Newspaper: The daily Cairo bulletin.
Place of publication: Cairo, Ill.
Publisher: Thos. Nally
Date: 1880-01-14 00:00:00
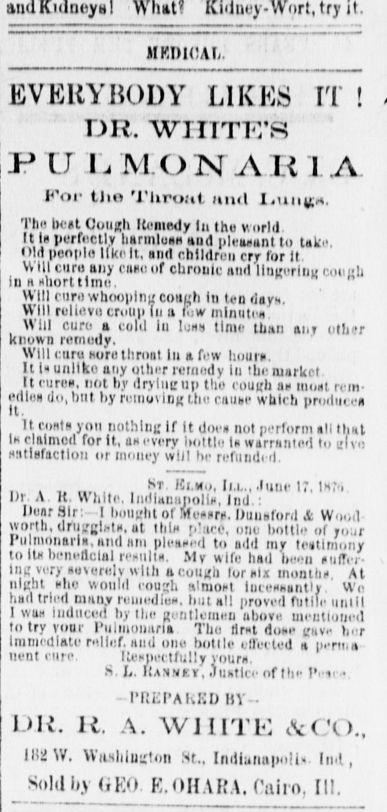
Advertisement text (OCR):
try MKDICAL. EVERYBODY LIKES IT ! DR. WHITE'S V U LMONAR I A For tlio Throat mot Luiiy;. The beat Cough Iteniedy In the World It la perfectly liarmluaa aud pleaeant to take, Old people like ll, and children cry for It V ill cure any cuau of chronic aud UiiL-erini! cmiijli In aKhorltlme. s h s Will riiriiwhoonlnxcoHeh In ten day. Will rulieviicruupTii a I.' minute Will euro a cold iu luas time than aiir ether known remedy. Will curu More throat lu a few Imuia. It I unllko any utlier remedy lu the market Iteurea, not by drvluciip the couh an moat rem- edlea (Jibut by removing the cauac which pnnliu ea it rnt you nothing' If It doea not perform all that Is claimed for It, aa every lioltl.i la warranted to elvu HStlalactlou or nnmcy will he refunded. . , . J"T I' l... '"if K, Ih.'.i l)r A. It. White, Inilianiijiolie, hid.: Hear Sir: - 1 hoiiu'lit of Meaara. Dmiaford 4 Wood worth, Unit'clMa. at thle p'aeo, one, bottle of to;ir Pu (miliaria, ami am pleaded to add my tcatlnmny to II benellcliil result. My Wj had he.-u anffei Inir very auvereiv with acumjli lorau tnomliK, At nicht Kite would couch alruoet luteHaantly . Wn had tried ninny ruiitediu. hut all proved futile iinill I wan Induced by Ihe gentlemen uhove. meutniiied to try vobi- Pulmnniina The tirxl die irnve 1,,-r Immediate relief, and one hot lie illected a pertt,a nent cure, Itecpectlully your. S. L. ItASXtY, Juatlce of the p,,, .. - Pr.KPAKED BY- UK. It. A. WJIITK tcCO.. 1H2W. Washington Sr.. Irnlluiinio!i. hid, Sold by GEO K.OHAKA. Cairo, II!.
Label: text-only